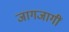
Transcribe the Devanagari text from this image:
जागजागीं